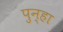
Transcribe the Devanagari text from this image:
पुन्‍हा